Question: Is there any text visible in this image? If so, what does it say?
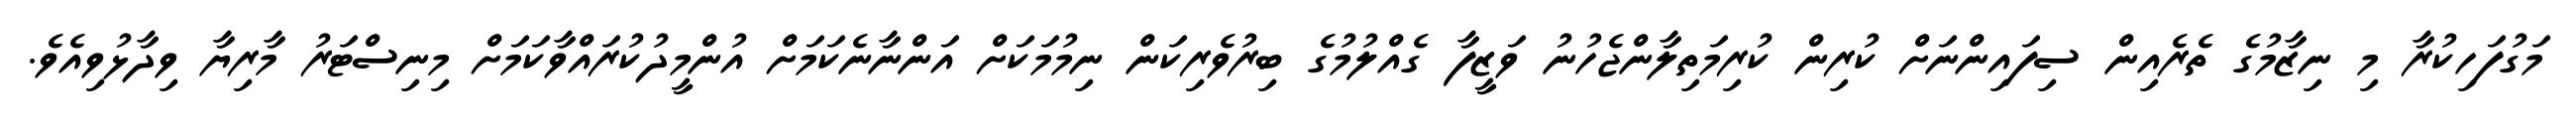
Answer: މަގުފަހިކުރާ މި ނިޒާމުގެ ތެރެއިން ސިފައިންނަށް ކުރިން ކުރިމަތިލާންޖެހުނު ވަޒީފާ ގެއްލުމުގެ ބިރުވެރިކަން ނިމުމަކަށް އަންނާނެކަމަށް އުންމީދުކުރައްވާކަމަށް މިނިސްޓަރު މާރިޔާ ވިދާޅުވިއެވެ.